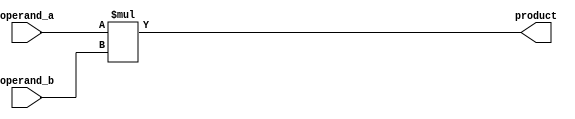
module multiplier (
input [3:0] operand_a,
input [3:0] operand_b,
output [7:0] product
);

assign product = operand_a * operand_b;

endmodule